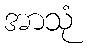
အာသုံ